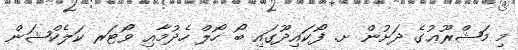
މި މަޝްރޫޢުގެ ދަށުން ށ. ފޯކައިދޫގައި ބޯ ހޯލް ހެދުމާއި ވޯޓަރ ކަލެކްޝަން